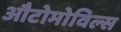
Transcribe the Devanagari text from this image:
औटोमोविल्स